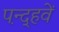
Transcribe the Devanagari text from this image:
पन्द़्हवें